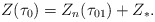
\begin{align*}Z(\tau_0)=Z_n(\tau_{01})+Z_*.\end{align*}